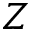
Z